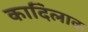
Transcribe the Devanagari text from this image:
कादिलाक